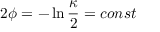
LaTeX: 2 \phi = - \ln { \frac { \kappa } { 2 } } = c o n s t